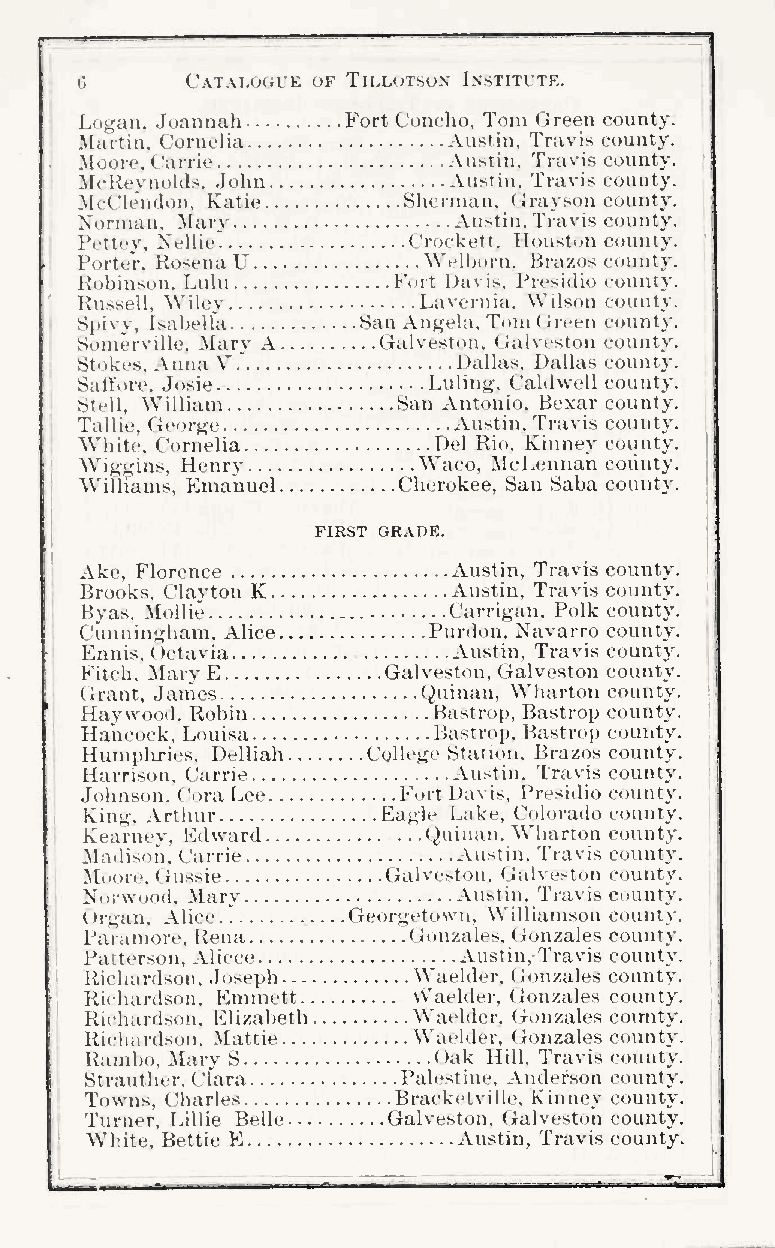
G      Catalugl'e of Tillutsun Institute.
 Logan. Joannah    Fort Concho. Tom Green county.
 Martin, Cornelia         Austin. Travis county.
 Moore. Carrie            Austin. Travis county.
 :McReynokls. John        Austin. Travis county.
 MfClJndon, Katie      Shernum. (irayson county.
 Norman, Mary             Austin. Travis county.
 I'ettey, Xeliie'      Crockett. Houston county.
 Porter, Rosena U       Wrlborn. Brazos county.
 Robinson. Luhi       Fort Davis, Presidio county.
 Russell. Wiley         Lavernia. Wilson county.
 Spivy, Isabella    San Angela, Tom (jreen county.
 Somerville, Mary A  Galvest(Ui. Galveston county.
 Stokes. Anna V ."        Dallas, Dallas county.
 Satfore. Josie         Luling. Caldwell county.
 Stell. William       !San Antonio. Bexar county.
 Tallie, George           Austin. Travis county.
 White, Cornelia         Del Rio, Kinney county.
 Wiggins, Henry         Waco, McLennan county,
 Williams, Emanuel    Cherokee, San Saba county.
 FIRST GRADE.
 Ake, Florence            Austin, Travis county.
 Brooks, Clayton K        Austin, Travis county.
 Byas. Mollie             Carrigan, Polk county.
 Cunningham. Alice      Purdon. Navarro county.
 Ennis. Octavia           Austin. Travis county.
 !
 Fitch, Mary E        Galveston, Galveston county.
 Grant, James           Quinan, Wluirton county,
 Haywood. Robin          Bastrop, Bastrop county.
 Hancock, Louisa         Bastrop, Bastrop county.
 Humpliries. Delliah College Staiion. Brazos county.
 Harrison, Carrie         Austin, Travis county.
 Johnson. Cora Lee    Fort Davis, Presidio county.
 King, Arthur       Eagle Lnke, Colorado county.
 Kearnev, Edward       Quiiian. Wharton county.
 Madison, Carrie         Austin. Travis county,
 Moore. Ciussie      Galveston, Tralveston county.
 Norwood. Mary           Austin. Travis county.
 ( )rgan, Alice. ". Georgetown, Williamson county,
 Paramore, Rena       Gonzales, Gonzales county.
 Parterson, Alicce       Austin, Travis county.
 Ricluinlson. Joseph  Waelder, Gonzales county.
 Ri(diardson, Emmett  vVadder, Gonzales county.
 Richardsoti. Klizabeth Watdder, (jonzales county.
 Ricli;ir(lson. Mattie Waelder. Gonzales county.
 Randx), Mary S         < >ak Hill. Travis county.
 Strauther. Clara     Palestine, Anderson county.
 Towns, Charles      Bracketville, Kinney county.
 Turner, Lillie Belle Galveston, Galveston county.
 Wl'.ite, Bettie E       Austin, Travis county.